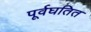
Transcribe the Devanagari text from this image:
पूर्वघतित